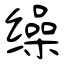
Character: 缲